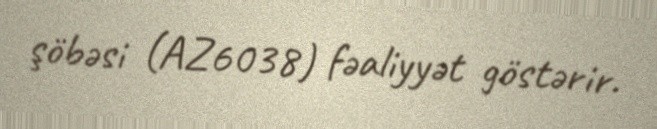
şöbəsi (AZ6038) fəaliyyət göstərir.